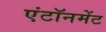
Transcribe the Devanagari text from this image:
एंटॉनमेंट